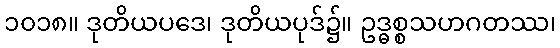
၁၀၁၈။ ဒုတိယပဒေ၊ ဒုတိယပုဒ်၌။ ဥဒ္ဓစ္စသဟဂတဿ၊